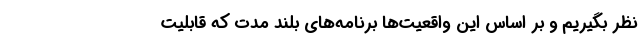
نظر بگیریم و بر اساس این واقعیت‌ها برنامه‌های بلند مدت که قابلیت